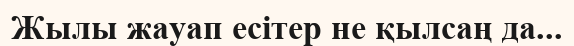
Жылы жауап есітер не қылсаң да...